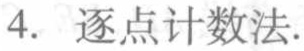
4. 逐点计数法.